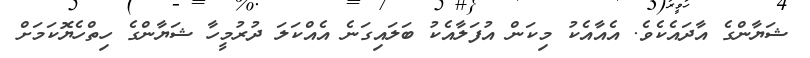
ޝަޔާންގެ އާދައެކެވެ. އެއާއެކު މިކަން އުފަލާއެކު ބަލައިގަނެ އެއްކަލަ ދުރުމީހާ ޝަޔާންގެ ހިތްހެޔޮކަމަށް